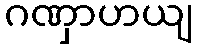
ဂဏှာဟယျ